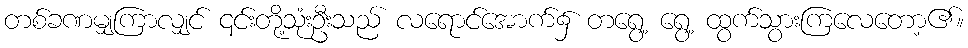
တစ်ခဏမျှကြာလျှင် ၎င်းတို့သုံးဦးသည် လရောင်အောက်၌ တရွေ့ ရွေ့ ထွက်သွားကြလေတော့၏။